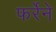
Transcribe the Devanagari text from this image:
फर्रेने